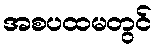
အစပထမတွင်